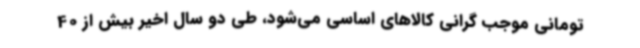
تومانی موجب گرانی کالاهای اساسی می‌شود، طی دو سال اخیر بیش از 40